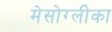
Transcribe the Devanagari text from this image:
मेसोग्लीका